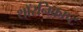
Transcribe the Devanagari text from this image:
थॉरनिक्राप्ट